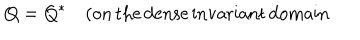
LaTeX: Q = Q ^ { \ast } \quad ( \mathrm { o n \, t h e \, d e n s e \, i n v a r i a n t \, d o m a i n } \,